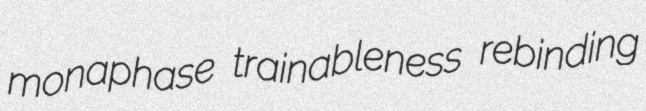
monaphase trainableness rebinding